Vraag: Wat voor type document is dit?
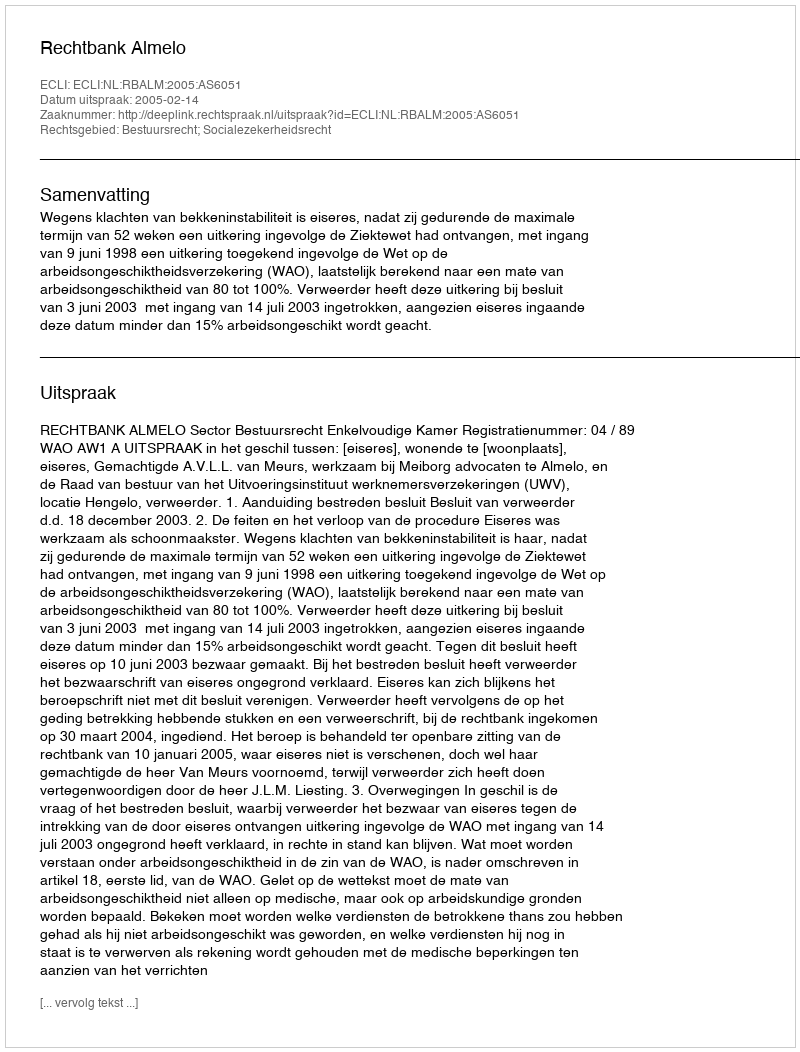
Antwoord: Uitspraak